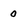
Character: 0